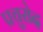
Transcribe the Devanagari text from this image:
प्रचुरोद